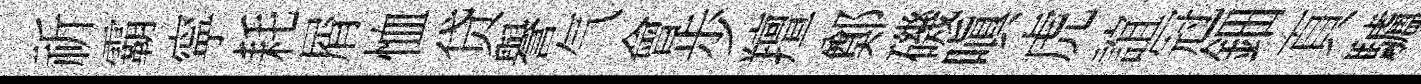
祈霸寜耗屑恤贷譽气會歩羶鄭磯嗔虎誼冠鈿頁驢